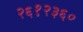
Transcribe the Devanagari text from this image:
२६१२३६०